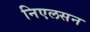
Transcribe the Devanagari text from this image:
निएलसन